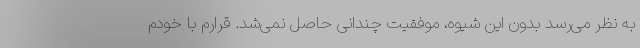
به نظر می‌رسد بدون این شیوه، موفقیت چندانی حاصل نمی‌شد. قرارم با خودم